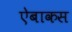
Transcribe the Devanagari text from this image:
ऐबाकस